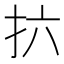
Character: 𫼚